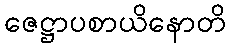
ဇေဋ္ဌာပစာယိနောတိ